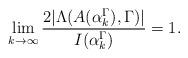
LaTeX: \begin{align*} \lim_{k\to \infty}\frac{2|\Lambda(A(\alpha_{k}^{\Gamma}),\Gamma)|}{I( \alpha_{k}^{\Gamma})}=1.\end{align*}